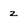
Character: z